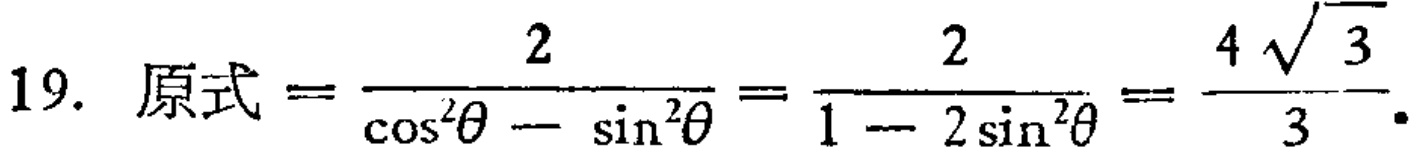
19. 原式$=\frac{2}{\cos^{2}\theta - \sin^{2}\theta}=\frac{2}{1 - 2\sin^{2}\theta}=\frac{4\sqrt{3}}{3}.$